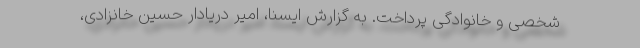
شخصی و خانوادگی پرداخت. به گزارش ایسنا، امیر دریادار حسین خانزادی،